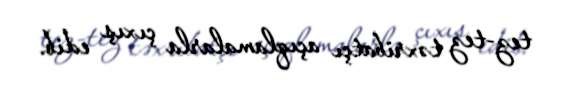
tez-tez təxribatçı açıqlamalarla çıxış edib.